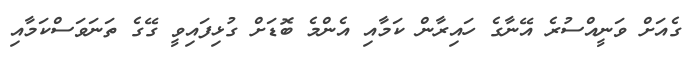
ގެއަށް ވަނީއްސުރެ އޭނާގެ ހައިރާން ކަމާއި އެންމެ ބޮޑަށް ގުޅިފައިވީ ގޭގެ ތަނަވަސްކަމާއި